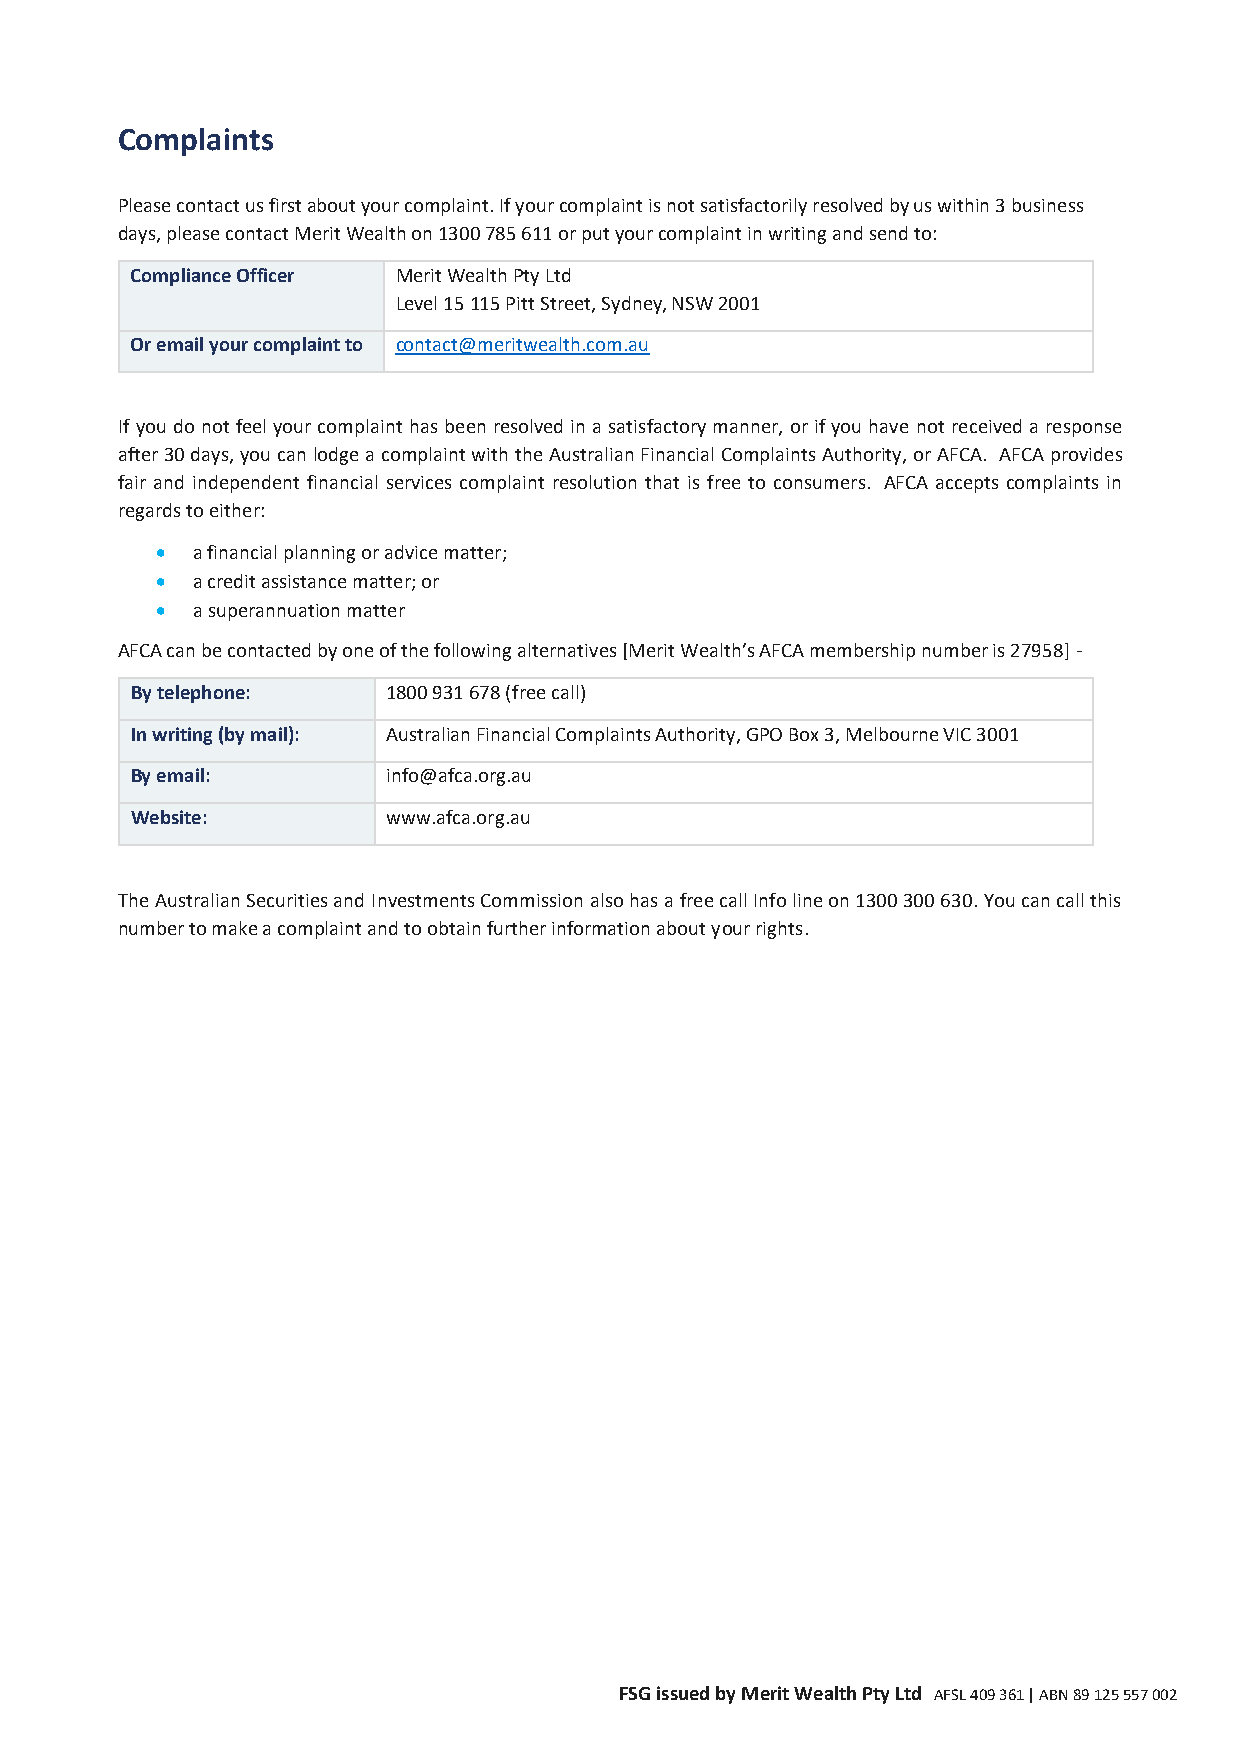
Complaints
 Please contact us first about your complaint. If your complaint is not satisfactorily resolved by us within 3 business
 days, please contact Merit Wealth on 1300 785 611 or put your complaint in writing and send to:
 Compliance Officer Merit Wealth Pty Ltd
 Level 15 115 Pitt Street, Sydney, NSW 2001
 Or email your complaint to contact@meritwealth.com.au
 If you do not feel your complaint has been resolved in a satisfactory manner, or if you have not received a response
 after 30 days, you can lodge a complaint with the Australian Financial Complaints Authority, or AFCA. AFCA provides
 fair and independent financial services complaint resolution that is free to consumers. AFCA accepts complaints in
 regards to either:
 •  a financial planning or advice matter;
 •  a credit assistance matter; or
 •  a superannuation matter
 AFCA can be contacted by one of the following alternatives [Merit Wealth’s AFCA membership number is 27958] -
 By telephone:    1800 931 678 (free call)
 In writing (by mail): Australian Financial Complaints Authority, GPO Box 3, Melbourne VIC 3001
 By email:        info@afca.org.au
 Website:         www.afca.org.au
 The Australian Securities and Investments Commission also has a free call Info line on 1300 300 630. You can call this
 number to make a complaint and to obtain further information about your rights.
 FSG issued by Merit Wealth Pty Ltd AFSL 409 361 | ABN 89 125 557 002